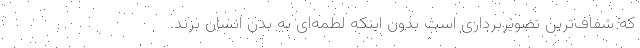
که شفاف‌ترین تصویربرداری است بدون اینکه لطمه‌ای به بدن انسان بزند.